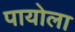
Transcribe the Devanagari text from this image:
पायोला